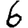
Digit: 6